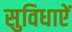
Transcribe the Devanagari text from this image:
सुविधाएें